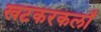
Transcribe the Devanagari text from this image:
खटकरकलाँ